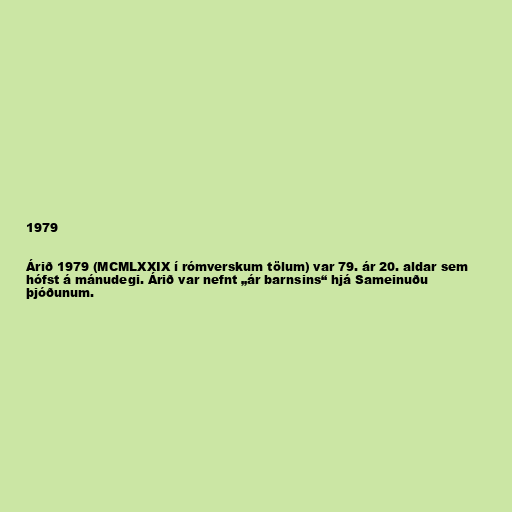
1979

Árið 1979 (MCMLXXIX í rómverskum tölum) var 79. ár 20. aldar sem
hófst á mánudegi. Árið var nefnt „ár barnsins“ hjá Sameinuðu
þjóðunum.